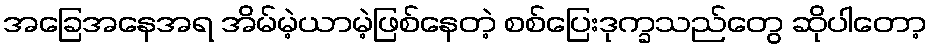
အခြေအနေအရ အိမ်မဲ့ယာမဲ့ဖြစ်နေတဲ့ စစ်ပြေးဒုက္ခသည်တွေ ဆိုပါတော့